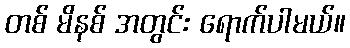
တစ် မိနစ် အတွင်း ရောက်ပါမယ်။